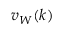
v _ { W } ( k )